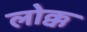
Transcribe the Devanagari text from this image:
लोक्क